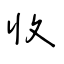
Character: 收